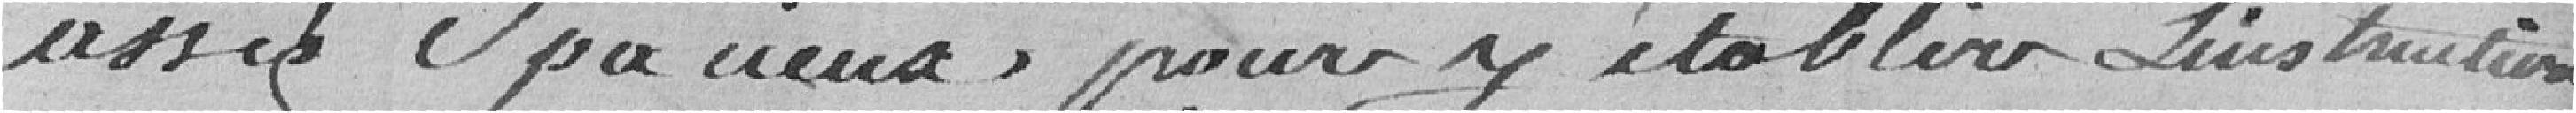
assez spacieux pour y établir l'institution